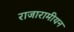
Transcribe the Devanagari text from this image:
राजारामीयन